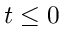
t \leq 0